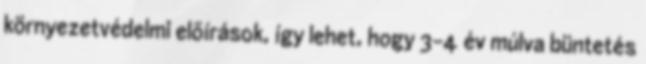
környezetvédelmi elõírások, így lehet, hogy 3-4 év múlva büntetés